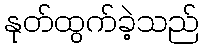
နုတ်ထွက်ခဲ့သည်